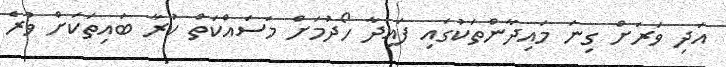
އަދި ވަރަށް ގިނަ މައިދާންތަކުގައި ފައިދާ ހޯދުމަށް މަސައްކަތް ކުރާ ބައިތަކަށް ވުރެ